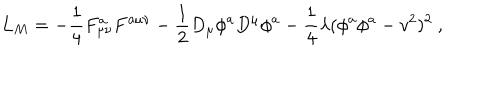
L _ { M } = - \frac { 1 } { 4 } F _ { \mu \nu } ^ { a } F ^ { a \mu \nu } - \frac { 1 } { 2 } D _ { \mu } \phi ^ { a } D ^ { \mu } \phi ^ { a } - \frac { 1 } { 4 } \lambda ( \phi ^ { a } \phi ^ { a } - v ^ { 2 } ) ^ { 2 } \ ,